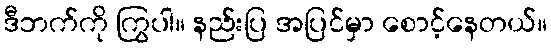
ဒီဘက်ကို ကြွပါ။ နည်းပြ အပြင်မှာ စောင့်နေတယ်။